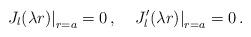
LaTeX: \begin{align*}\left. J_l(\lambda r)\right|_{r=a}=0\,{,} \quad\left. J'_l(\lambda r)\right|_{r=a}=0\,{.}\end{align*}